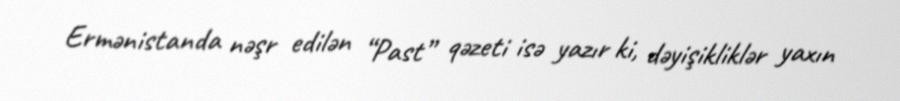
Ermənistanda nəşr edilən “Past” qəzeti isə yazır ki, dəyişikliklər yaxın